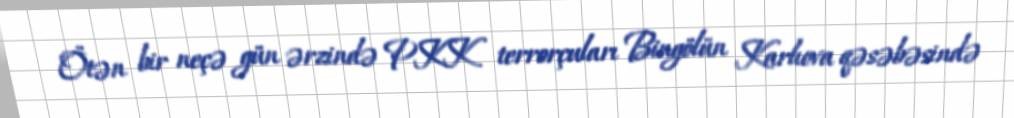
Ötən bir neçə gün ərzində PKK terrorçuları Bingölün Karlıova qəsəbəsində